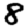
Digit: 8